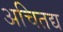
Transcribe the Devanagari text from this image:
अचितद्य